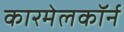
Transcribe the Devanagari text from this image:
कारमेलकॉर्न